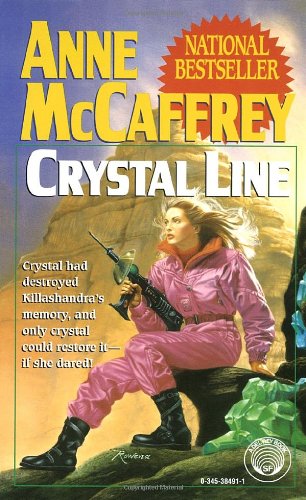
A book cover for Crystal Line (Crystal Singer Trilogy); Anne McCaffrey; Romance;